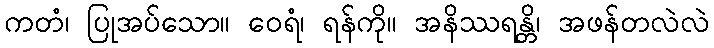
ကတံ၊ ပြုအပ်သော။ ဝေရံ၊ ရန်ကို။ အနိဿရန္တိ၊ အဖန်တလဲလဲ